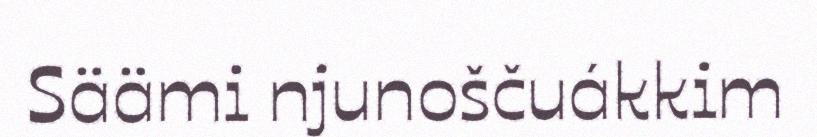
Säämi njunoščuákkim